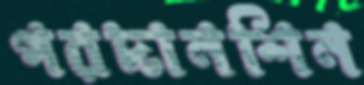
পরদানশিন